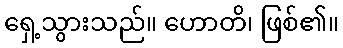
ရှေ့သွားသည်။ ဟောတိ၊ ဖြစ်၏။